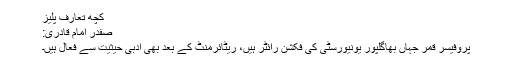
کچھ تعارف پلیز
صفدر امام قادری:
پروفیسر قمر جہاں بھاگلپور یونیورسٹی کی فکشن رائٹر ہیں، ریٹائرمنٹ کے بعد بھی ادبی حیثیت سے فعال ہیں۔